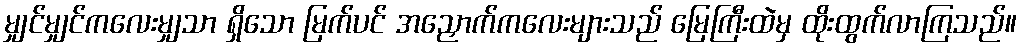
မျှင်မျှင်ကလေးမျှသာ ရှိသော မြက်ပင် အညှောက်ကလေးများသည် မြေကြီးထဲမှ ထိုးထွက်လာကြသည်။